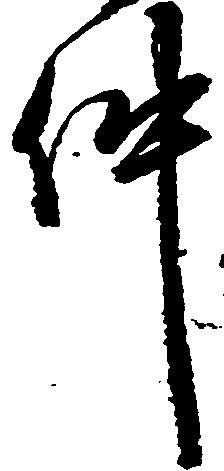
件